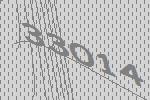
33014